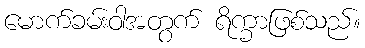
မောက်ခမ်းဝါအတွက် ရိက္ခာဖြစ်သည်။